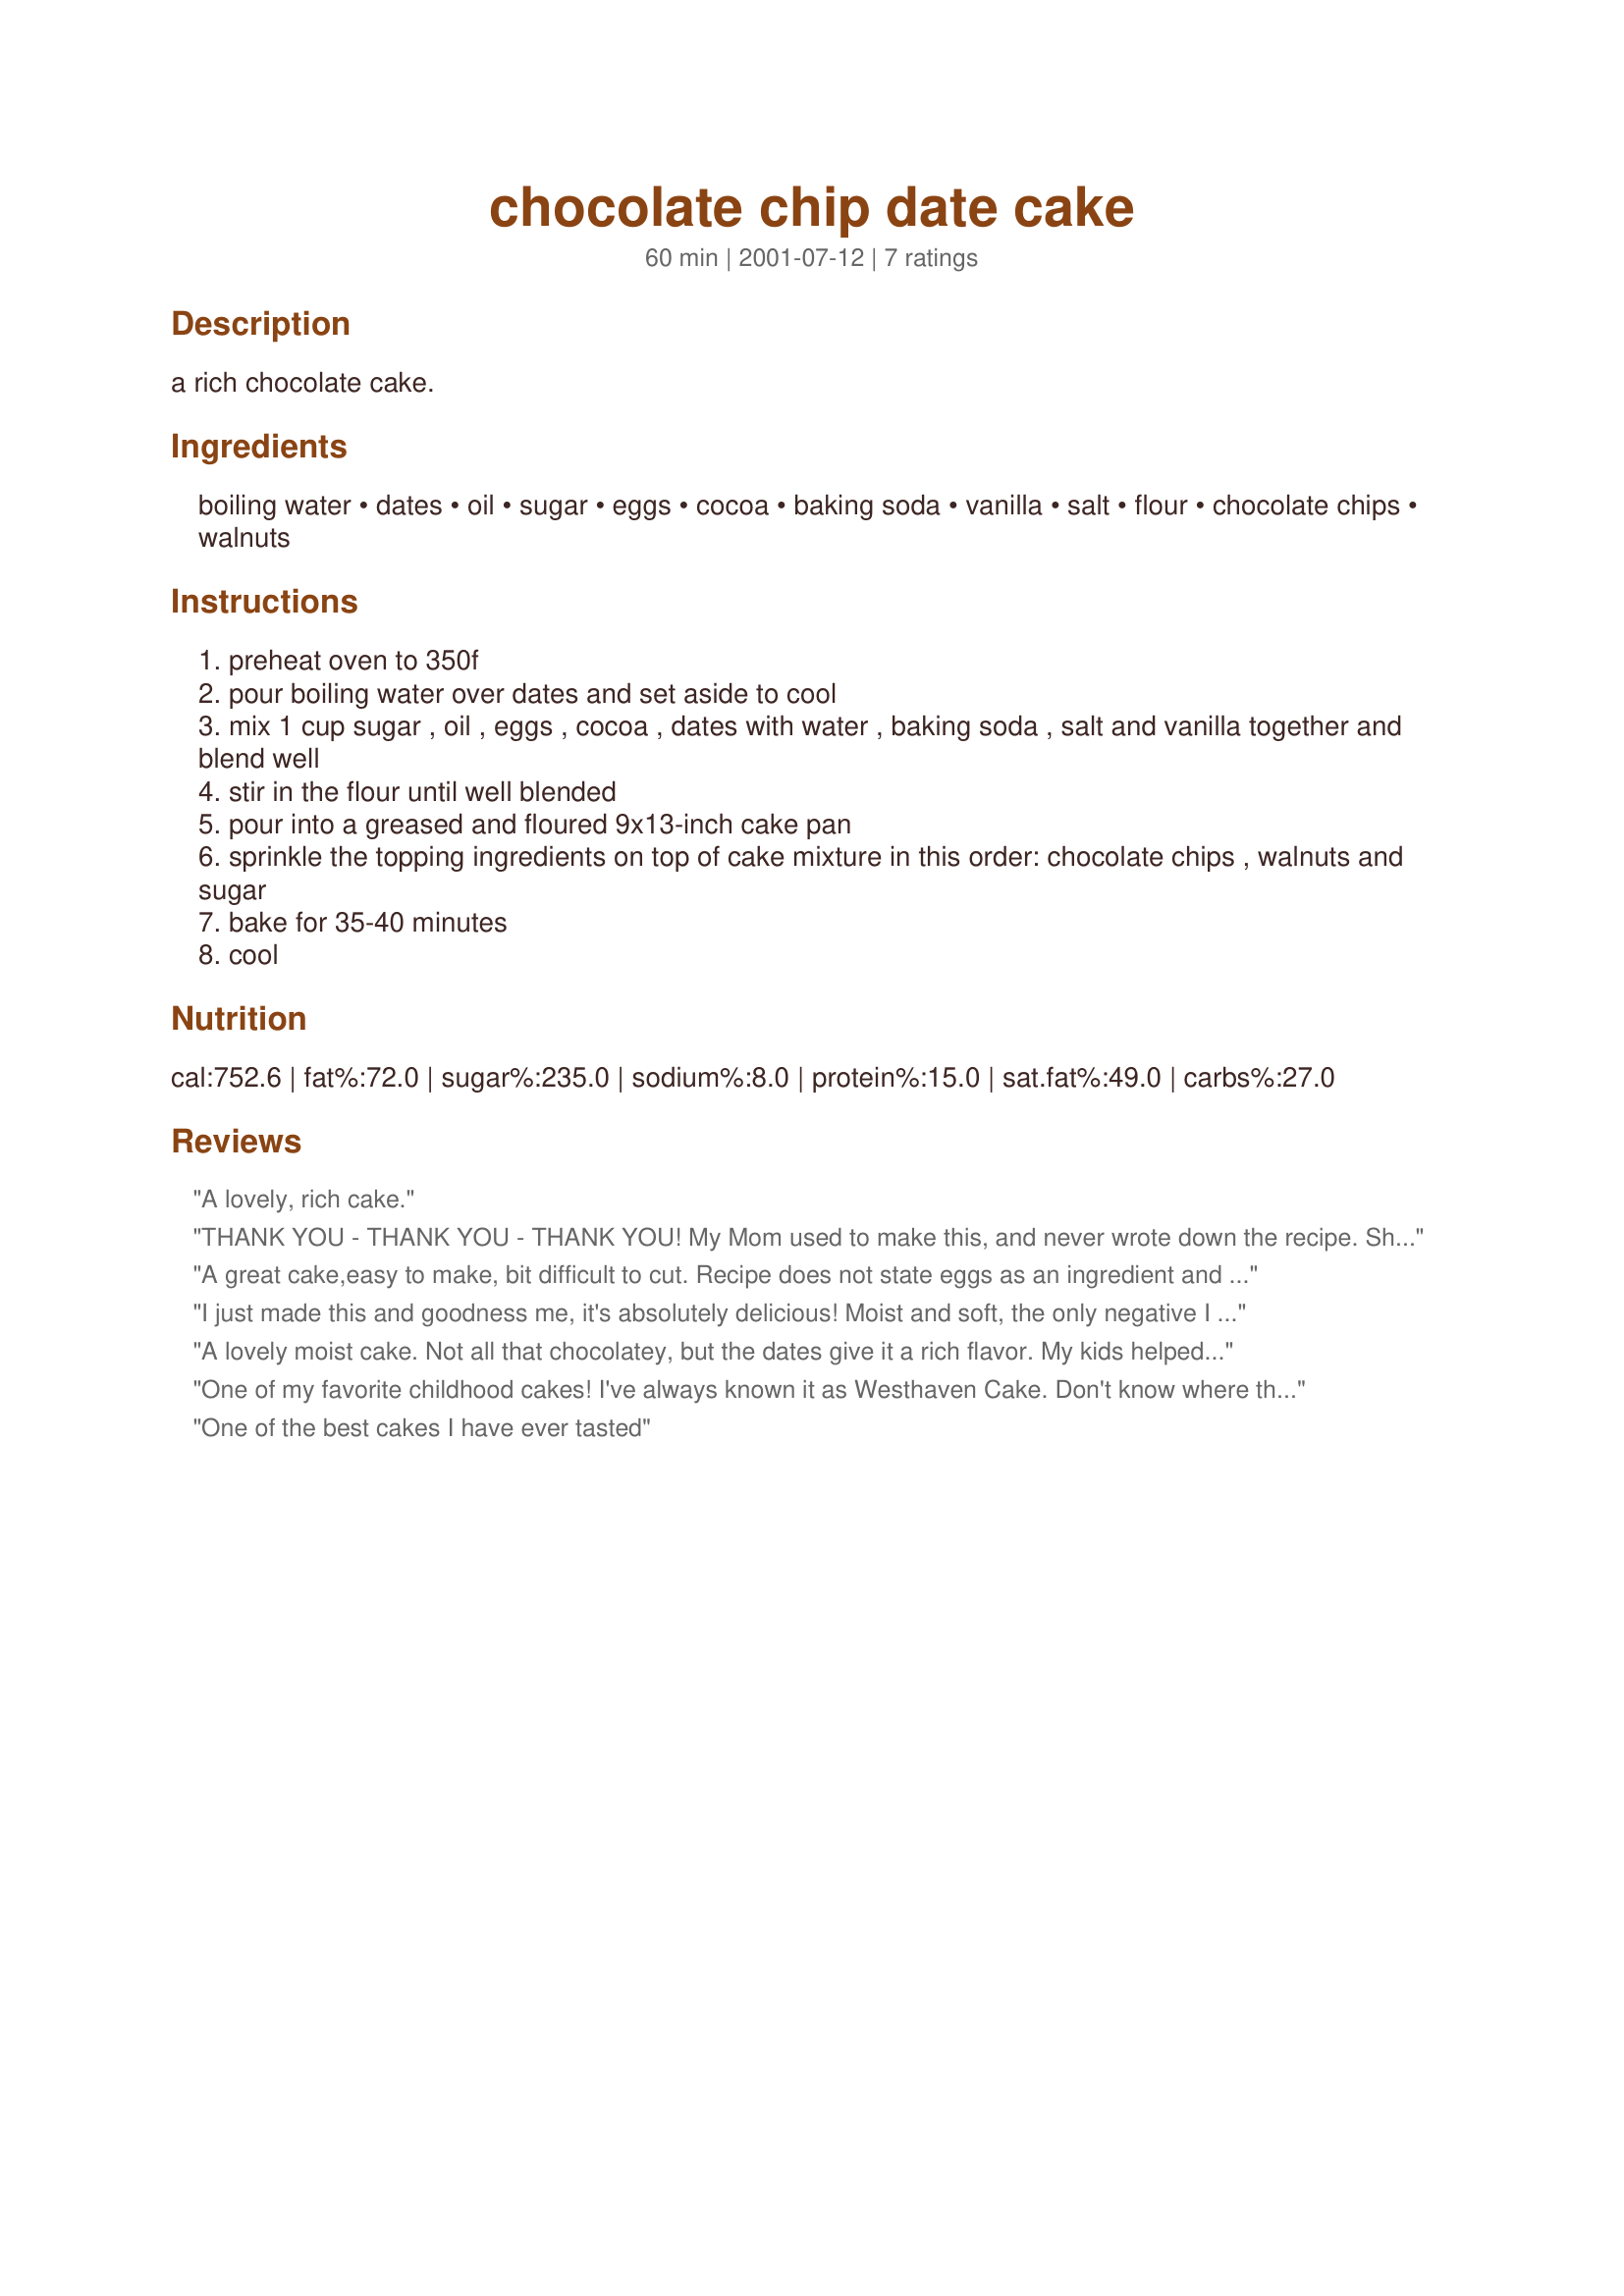
chocolate chip date cake
Preparation time: 60 minutes

a rich chocolate cake.

Ingredients:
boiling water, dates, oil, sugar, eggs, cocoa, baking soda, vanilla, salt, flour, chocolate chips, walnuts

Steps:
preheat oven to 350f
pour boiling water over dates and set aside to cool
mix 1 cup sugar , oil , eggs , cocoa , dates with water , baking soda , salt and vanilla together and blend well
stir in the flour until well blended
pour into a greased and floured 9x13-inch cake pan
sprinkle the topping ingredients on top of cake mixture in this order: chocolate chips , walnuts and sugar
bake for 35-40 minutes
cool

Reviews:
A lovely, rich cake.
THANK YOU - THANK YOU - THANK YOU!
My Mom used to make this, and never wrote down the recipe. She pasted away without writing down a lot of her recipes. I have been looking all over the internet for this cake. It is FANTASTIC! She usually served it with real whipped cream on top.
A great cake,easy to make, bit difficult to cut. Recipe does not state eggs as an ingredient and then says add eggs (how many)? I added 2 and this seemed to be okay.
I just made this and goodness me, it's absolutely delicious! Moist and soft, the only negative I have about it is that the taste of date isn't too prominent so next time (oh and there's definitely gonna be a next time), I shall add more dates. Thank you so much :)
A lovely moist cake. Not all that chocolatey, but the dates give it a rich flavor. My kids helped me make it... and gobble it up!
One of my favorite childhood cakes! I've always known it as Westhaven Cake. Don't know where that name came from (probably from my mom so she could hide the fact that dates are in it!!!). 
The only difference from my recipe is I use a cup of butter instead of oil. Plus I always put the baking soda with the dates and pour hot water on top of both. (I just use hot water straight out of the tap - no boiling). I never added sugar to the topping until recently. Good both ways...
One of the best cakes I have ever tasted
